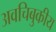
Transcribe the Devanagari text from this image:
अवचिबुकीय